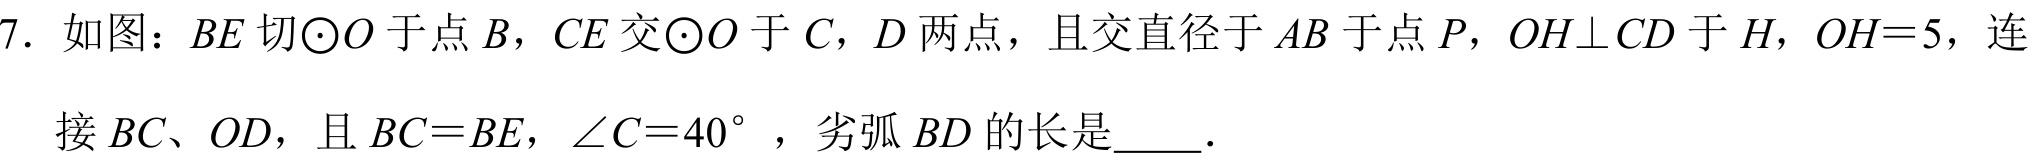
7. 如图：\(BE\) 切\(\odot O\) 于点 \(B\)，\(CE\) 交\(\odot O\) 于 \(C\)，\(D\) 两点，且交直径于 \(AB\) 于点 \(P\)，\(OH\perp CD\) 于 \(H\)，\(OH = 5\)，连

接 \(BC\)、\(OD\)，且 \(BC = BE\)，\(\angle C = 40^{\circ}\)，劣弧 \(BD\) 的长是\underline{\quad\quad}.